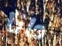
دانا